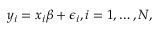
y _ { i } = x _ { i } \beta + \epsilon _ { i } , i = 1 , \ldots , N ,